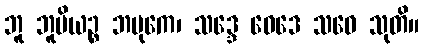
ဘူ ဘူမိယဉ္စ ဘမုကေ၊ သဒ္ဒေ ဝေဒေ သဝေ သုတိ။